Calcutta medical institutions reports 1892-1900
Year: 1892
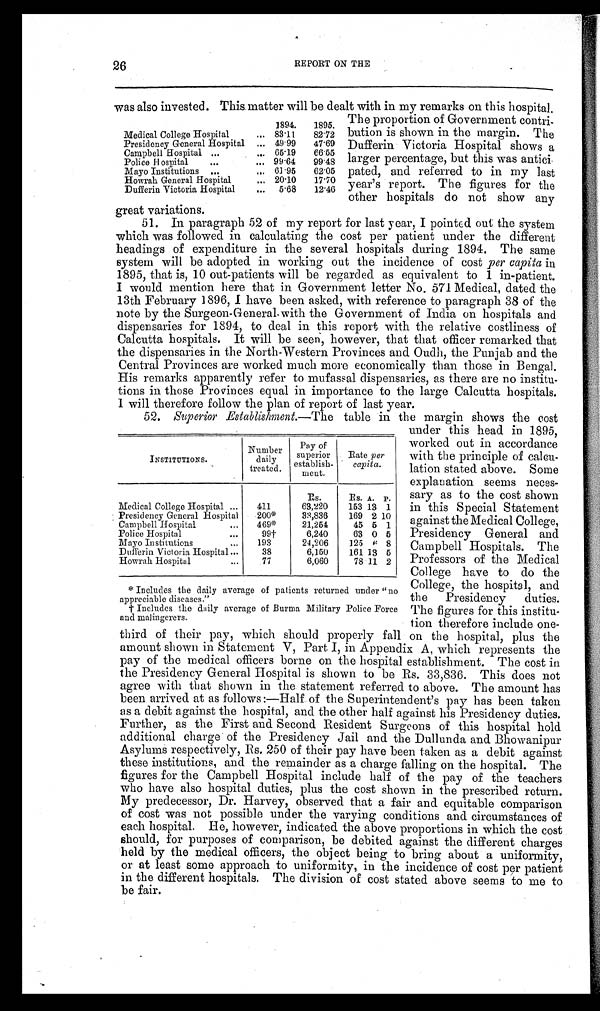
26
REPORT ON THE
was also invested. This matter will be dealt with in my remarks on this hospital.
The proportion of Government contri
-bution is shown in the margin. The
Dufferin Victoria Hospital shows a
larger percentage, but this was antic
i-pated, and referred to in my last
year's report. The figures for the
other hospitals do not show any
great variations.
51. In paragraph 52 of my report for last year, I pointed out the system
which was followed in calculating the cost per patient under the different
headings of expenditure in the several hospitals during 1894. The same
system will be adopted in working out the incidence of cost per capita in
1895, that is, 10 out-patients will be regarded as equivalent to 1 in-patient.
I would mention here that in Government letter No. 571 Medical, dated the
13th February 1896, I have been asked, with reference to paragraph 38 of the
note by the Surgeon-General with the Government of India on hospitals and
dispensaries for 1894, to deal in this report with the relative costliness of
Calcutta hospitals. It will be seen, however, that that officer remarked that
the dispensaries in the North-Western Provinces and Oudh, the Punjab and the
Central Provinces are worked much more economically than those in Bengal.
His remarks apparently refer to mufassal dispensaries, as there are no institu
-tions in those Provinces equal in importance to the large Calcutta hospitals.
I will therefore follow the plan of report of last year.
52. Superior Establishment.—The table in the margin shows the cost
under this head in 1895,
worked out in accordance
with the principle of calcu
-lation stated above. Some
explanation seems neces
-sary as to the cost shown
in this Special Statement
against the Medical College,
Presidency General and
Campbell Hospitals. The
Professors of the Medical
College have to do the
College, the hospital, and
the Presidency duties.
The figures for this institu-
tion therefore include one-
third of their pay, which should properly fall on the hospital, plus the
amount shown in Statement V, Part I, in Appendix A, which represents the
pay of the medical officers borne on the hospital establishment. The cost in
the Presidency General Hospital is shown to be Rs. 33,836. This does not
agree with that shown in the statement referred to above. The amount has
been arrived at as follows:—Half of the Superintendent's pay has been taken
as a debit against the hospital, and the other half against his Presidency duties.
Further, as the First and Second Resident Surgeons of this hospital hold
additional charge of the Presidency Jail and the Dullunda and Bhowanipur
Asylums respectively, Rs. 250 of their pay have been taken as a debit against
these institutions, and the remainder as a charge falling on the hospital. The
figures for the Campbell Hospital include half of the pay of the teachers
who have also hospital duties, plus the cost shown in the prescribed return.
My predecessor, Dr. Harvey, observed that a fair and equitable comparison
of cost was not possible under the varying conditions and circumstances of
each hospital. He, however, indicated the above proportions in which the cost
should, for purposes of comparison, be debited against the different charges
held by the medical officers, the object being to bring about a uniformity,
or at least some approach to uniformity, in the incidence of cost per patient
in the different hospitals. The division of cost stated above seems to me to
be fair.
1894. 1895.
Medical College Hospital
83.11
82.72
Presidency General Hospital
49.99 47.69
Campbell Hospital
65.19 66.55
Police Hospital
99.64 99.48
Mayo Institutions
61.95 62.05
Howrah General Hospital
20.10 17.70
Dufferin Victoria Hospital
5.68 12.46
INSTITUTIONS.
Number
daily
treated.
Pay of
superior
establish-
ment.
Rate per
capita.
RS.
RS. A. P.
Medical College Hospital
411
63,220
153 13 1
Presidency General Hospital
200*
33,836
169 2 10
Campbell Hospital
469*
21,254
45 5 1
Police Hospital
99†
6,240
63 0 5
Mayo Institutions
193
24,206
125 6 8
Dufferin Victoria Hospital
38
6,150
161 13 5
Howrah Hospital
77
6,060
78 11 2
*Includes the daily average of patients returned under "no
appreciable diseases."
† Includes the daily average of Burma Military Police Force a n d m a l i n g e r e r s .